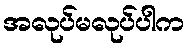
အလုပ်မလုပ်ပါက